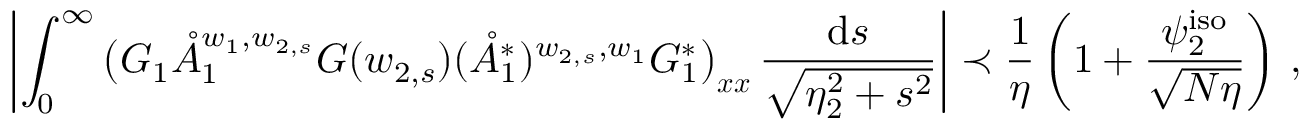
\left| \int _ { 0 } ^ { \infty } \big ( G _ { 1 } \mathring { A } _ { 1 } ^ { w _ { 1 } , w _ { 2 , s } } G ( w _ { 2 , s } ) ( \mathring { A } _ { 1 } ^ { * } ) ^ { w _ { 2 , s } , w _ { 1 } } G _ { 1 } ^ { * } \big ) _ { \boldsymbol { x } \boldsymbol { x } } \, \frac { \mathrm { d } s } { \sqrt { \eta _ { 2 } ^ { 2 } + s ^ { 2 } } } \right| \prec \frac { 1 } { \eta } \left( 1 + \frac { \psi _ { 2 } ^ { \mathrm { i s o } } } { \sqrt { N \eta } } \right) \, ,